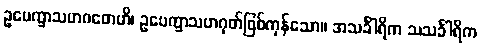
ဥပေက္ခာသဟဂတေဟိ၊ ဥပေက္ခာသဟဂုတ်ဖြစ်ကုန်သော။ အသင်္ခါရိက သသင်္ခါရိက